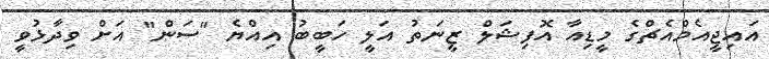
އައިޖީއެމްއެޗްގެ މީޑިއާ އޮފިޝަލް ޒީނަތު އަލީ ހަބީބު އިއްޔެ "ސަން" އަށް ވިދާޅުވީ